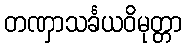
တဏှာသင်္ခယဝိမုတ္တာ